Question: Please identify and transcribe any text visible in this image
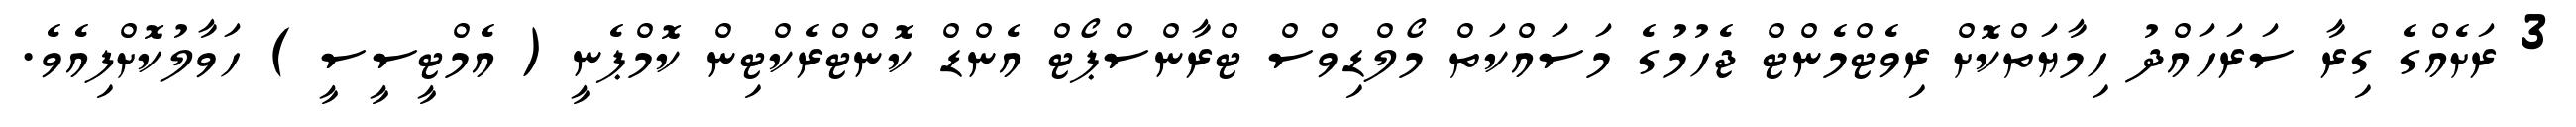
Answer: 3 ރަށެއްގެ ގިރާ ސަރަހައްދު ހިމާޔަތްކޮށް ރިވެޓްމެންޓް ޖެހުމުގެ މަސައްކަތް މޯލްޑިވްސް ޓްރާންސްޕޯޓް އެންޑް ކޮންޓްރެކްޓިން ކޮމްޕެނީ ( އެމްޓީސީސީ ) ހަވާލުކޮށްފިއެވެ.